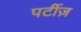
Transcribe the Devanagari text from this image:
पर्टीज़